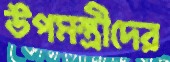
উপমন্ত্রীদের